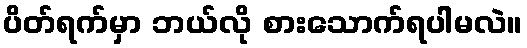
ပိတ်ရက်မှာ ဘယ်လို စားသောက်ရပါမလဲ။